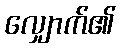
လျှောက်၏